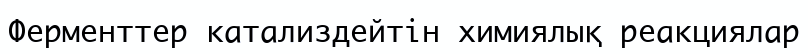
Ферменттер катализдейтін химиялық реакциялар